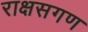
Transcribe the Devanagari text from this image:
राक्षसगण